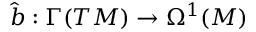
\hat { b } : \Gamma ( T M ) \to \Omega ^ { 1 } ( M )